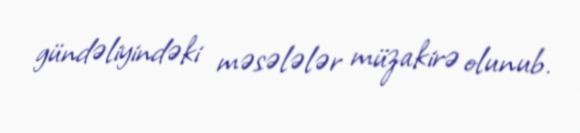
gündəliyindəki məsələlər müzakirə olunub.